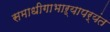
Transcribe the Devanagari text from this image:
समाधीगाभाऱ्यापर्यंत